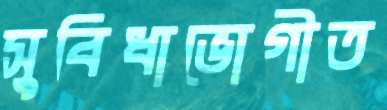
সুবিধাভোগীত